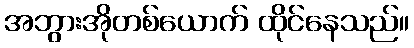
အဘွားအိုတစ်ယောက် ထိုင်နေသည်။